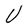
Character: U